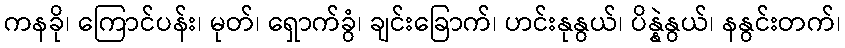
ကနခို၊ ကြောင်ပန်း၊ မုတ်၊ ရှောက်ခွံ၊ ချင်းခြောက်၊ ဟင်းနုနွယ်၊ ပိန္နဲနွယ်၊ နနွင်းတက်၊